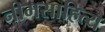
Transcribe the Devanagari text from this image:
नीमसाहित्य